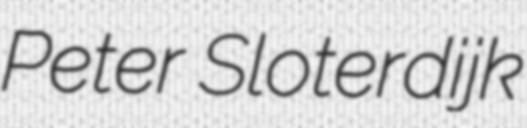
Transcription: Peter Sloterdijk